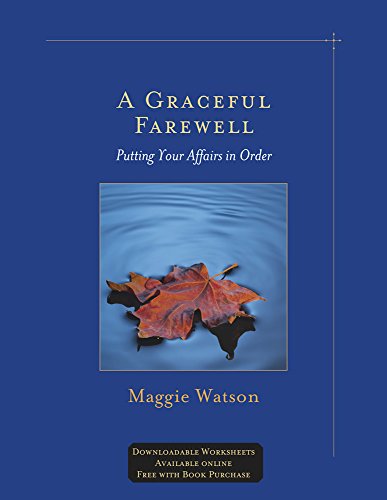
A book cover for A Graceful Farewell: Putting Your Affairs in Order; Maggie Watson; Law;